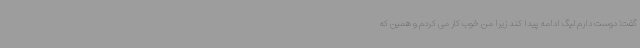
گفت: دوست دارم لیگ ادامه پیدا کند زیرا من خوب کار می کردم و همین که